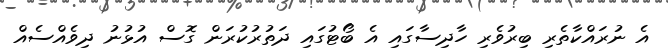
އެ ނުރައްކާތެރި ބިރުވެރި ހާދިސާގައި އެ ބޯޓުގައި ދަތުރުކުރަން ގޮސް އުޅުނު ދިވެއްސެއް